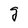
Character: g